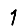
Digit: 1